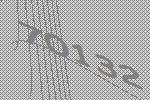
70132